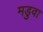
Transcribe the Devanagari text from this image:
मडुवा